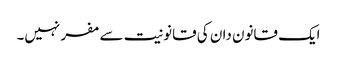
ایک قانون دان کی قانونیت سے مفر نہیں۔